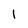
Character: 1